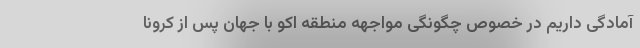
آمادگی داریم در خصوص چگونگی مواجهه منطقه اکو با جهانِ پس از کرونا